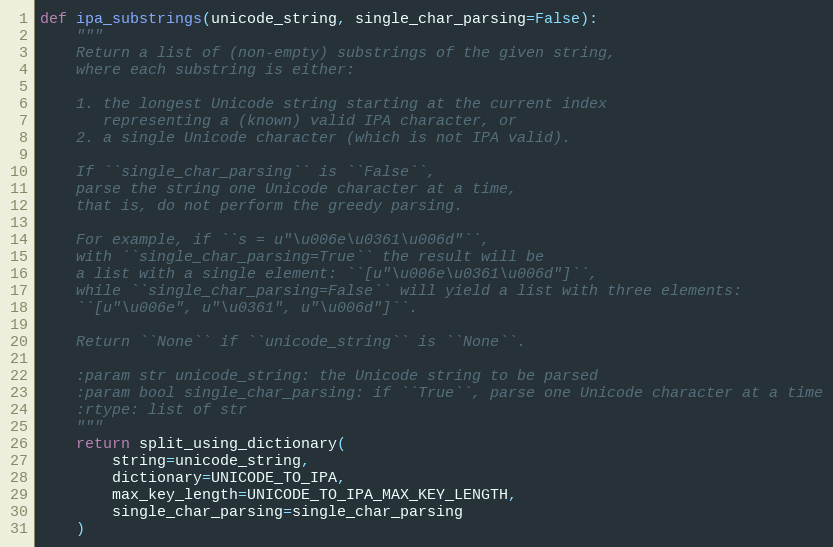
Language: Python
def ipa_substrings(unicode_string, single_char_parsing=False):
    """
    Return a list of (non-empty) substrings of the given string,
    where each substring is either:

    1. the longest Unicode string starting at the current index
       representing a (known) valid IPA character, or
    2. a single Unicode character (which is not IPA valid).

    If ``single_char_parsing`` is ``False``,
    parse the string one Unicode character at a time,
    that is, do not perform the greedy parsing.

    For example, if ``s = u"\u006e\u0361\u006d"``,
    with ``single_char_parsing=True`` the result will be
    a list with a single element: ``[u"\u006e\u0361\u006d"]``,
    while ``single_char_parsing=False`` will yield a list with three elements:
    ``[u"\u006e", u"\u0361", u"\u006d"]``.

    Return ``None`` if ``unicode_string`` is ``None``.

    :param str unicode_string: the Unicode string to be parsed
    :param bool single_char_parsing: if ``True``, parse one Unicode character at a time
    :rtype: list of str
    """
    return split_using_dictionary(
        string=unicode_string,
        dictionary=UNICODE_TO_IPA,
        max_key_length=UNICODE_TO_IPA_MAX_KEY_LENGTH,
        single_char_parsing=single_char_parsing
    )